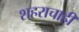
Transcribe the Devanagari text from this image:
शहराचाही